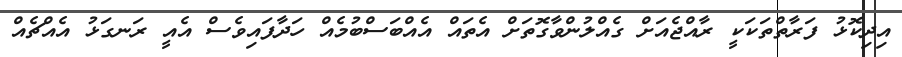
އިދިކޮޅު ފަރާތްތަކަކީ ރާއްޖެއަށް ގެއްލުންވާގޮތަށް އެތައް އެއްބަސްބުމެއް ހަދާފައިވެސް އެއީ ރަނގަޅު އެއްޗެއް